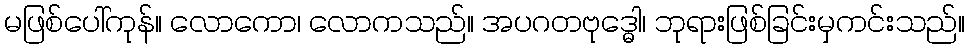
မဖြစ်ပေါ်ကုန်။ လောကော၊ လောကသည်။ အပဂတဗုဒ္ဓေါ၊ ဘုရားဖြစ်ခြင်းမှကင်းသည်။